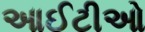
આઈટીઓ